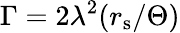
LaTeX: \Gamma=2\lambda^{2}(r_{\mathrm{s}}/\Theta)